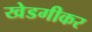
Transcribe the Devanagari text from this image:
खेडगीकर